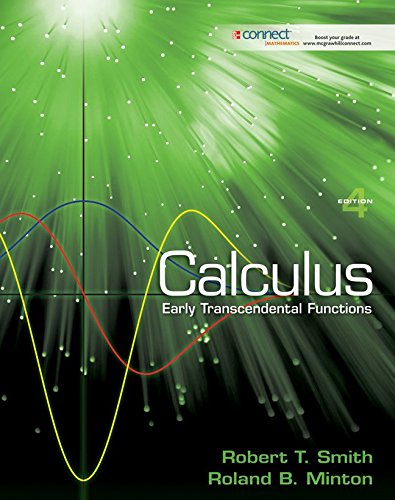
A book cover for Calculus: Early Transcendental Functions; Robert T Smith; Science & Math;